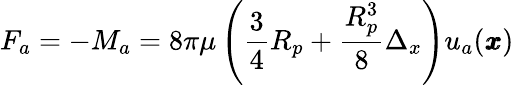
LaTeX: F_{a}=-M_{a}=8\pi\mu\left(\frac{3}{4}R_{p}+\frac{R_{p}^{3}}{8}\Delta_{x}\right)u_{a}({\pmb x})